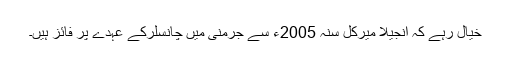
خیال رہے کہ انجیلا میرکل سنہ 2005ء سے جرمنی میں چانسلرکے عہدے پر فائز ہیں۔